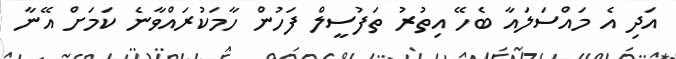
އަދި އެ މައްސަލައާ ބެހޭ އިތުރު ތަފުސީލް ފަހުން ހާމަކުރައްވާނެ ކަމަށް އޭނާ